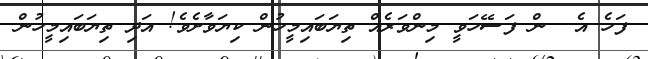
ފަހެ އެ  ން ފަސޭހަވީ މިންވަރެއް ތިޔަބައިމީހުން ކިޔަވާށެވެ! އަދި ތިޔަބައިމީހުން